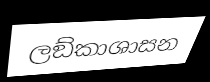
ලඞ්කාශාසන